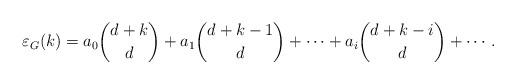
LaTeX: \begin{align*}\varepsilon_{G}(k)=a_0\binom{d+k}{d}+a_1\binom{d+k-1}{d}+\cdots+a_i\binom{d+k-i}{d}+\cdots.\end{align*}